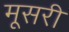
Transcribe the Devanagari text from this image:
मूसरी